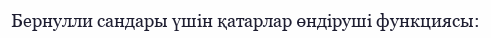
Бернулли сандары үшін қатарлар өндіруші функциясы: